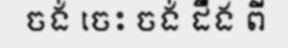
ចង់ ចេះ ចង់ ដឹង ពី